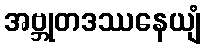
အဗ္ဘုတဒဿနေယျံ